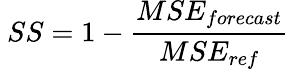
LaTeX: \ SS=1-{\frac{MSE_{forecast}}{MSE_{ref}}}